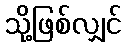
သို့ဖြစ်လျှင်